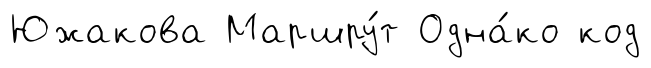
Южакова Маршру́т Одна́ко код